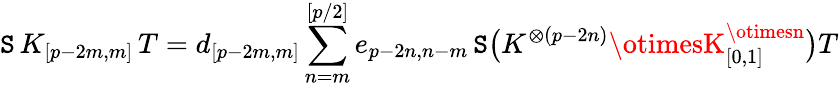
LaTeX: \mathtt{S}\, K_{[p-2m,m]}\, T=d_{[p-2m,m]}\sum_{n=m}^{[p/2]}e_{p-2n,n-m}\, \mathtt{S}\bigl(K^{\otimes(p-2n)}\otimesK_{[0,1]}^{\otimesn}\bigr)T